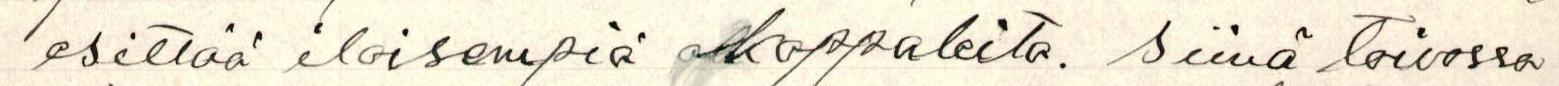
esittää iloisempia kappaleita. Siinä toivossa